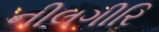
નીલગીરિ